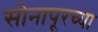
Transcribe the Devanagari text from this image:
सोनापूरच्या